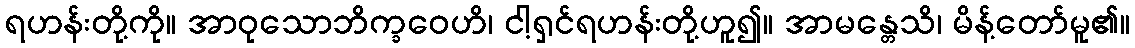
ရဟန်းတို့ကို။ အာဝုသောဘိက္ခဝေဟိ၊ ငါ့ရှင်ရဟန်းတို့ဟူ၍။ အာမန္တေသိ၊ မိန့်တော်မူ၏။